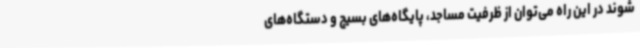
شوند در این راه می‌توان از ظرفیت مساجد، پایگاه‌های بسیج و دستگاه‌های